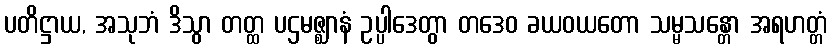
ပတိဋ္ဌာယ, အသုဘံ ဒိသွာ တတ္ထ ပဌမဇ္ဈာနံ ဥပ္ပါဒေတွာ တဒေဝ ခယဝယတော သမ္မသန္တော အရဟတ္တံ